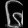
Digit: ၆